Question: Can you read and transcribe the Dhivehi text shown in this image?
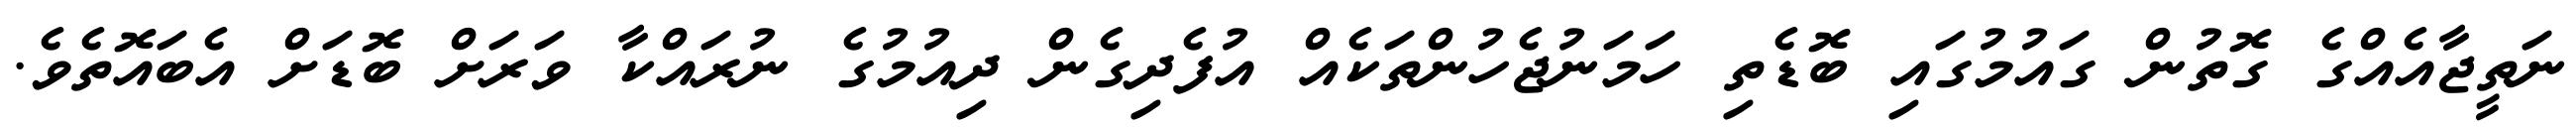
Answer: ނަތީޖާއެއްގެ ގޮތުން ގައުމުގައި ބޮޑެތި ހަމަނުޖެހުންތަކެއް އުފެދިގެން ދިއުމުގެ ނުރައްކާ ވަރަށް ބޮޑަށް އެބައޮތެވެ.